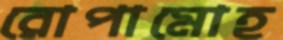
রোপামোহ